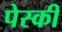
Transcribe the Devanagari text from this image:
पेस्की